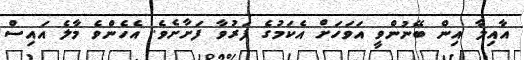
އާއިލާ އިން ބޭނުންވީ އަވަހަށް އެކަމުގެ ފަރުވާ ފަށާށެވެ. އެހެންވެ މާލެ އައިސް